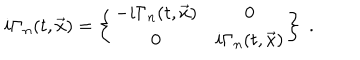
LaTeX: i { \bf \Gamma } _ { n } ( t , \vec { x } ) = \left\{ \begin{array} { c c } { { - i \Gamma _ { n } ( t , \vec { x } ) } } & { { 0 } } \\ { { 0 } } & { { i \Gamma _ { n } ( t , \vec { x } ) } } \\ \end{array} \right\} \; .